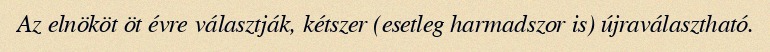
Az elnököt öt évre választják, kétszer (esetleg harmadszor is) újraválasztható.